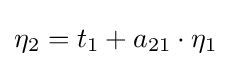
\eta _{2}=t_{1}+a_{21}\cdot \eta _{1}